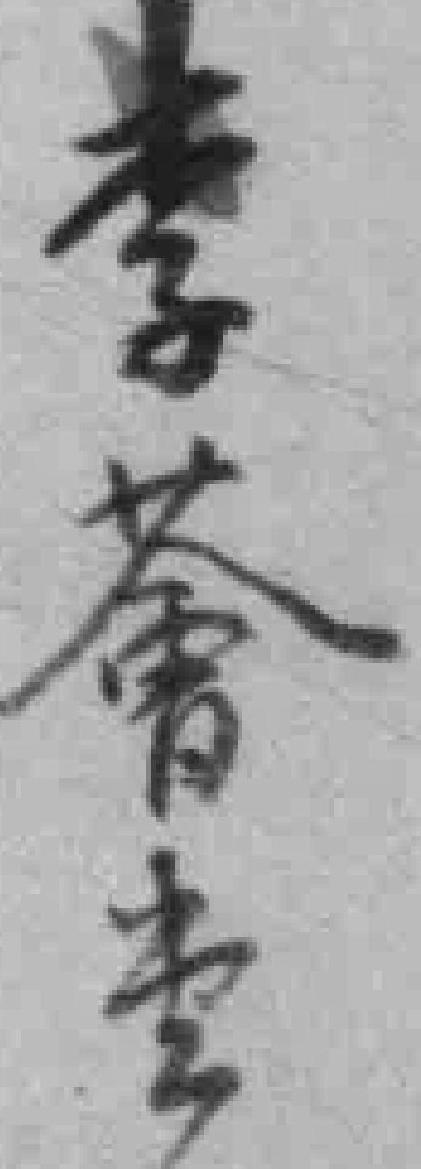
李薈堂